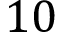
1 0